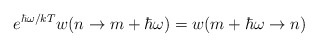
\begin{align*}e^{\hbar\omega/kT}w(n \rightarrow m + \hbar\omega)= w(m + \hbar\omega \rightarrow n)\end{align*}